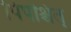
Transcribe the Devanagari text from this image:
पिपश्चित्